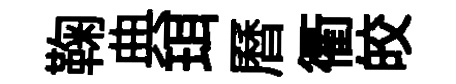
鞠典珥曆衢皎